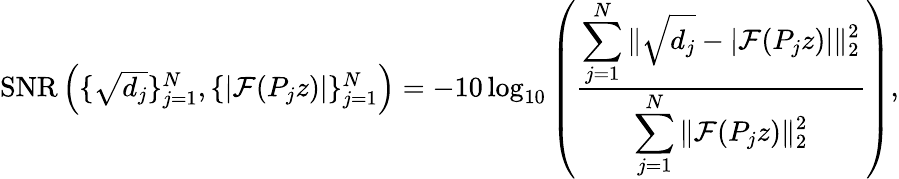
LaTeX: \begin{array}{r}{\mathrm{SNR}\left(\{ \sqrt{d_{j}}\} _{j=1}^{N},\{ |\mathcal{F}(P_{j}z)|\} _{j=1}^{N}\right)=-10\log_{10}\left(\frac{\displaystyle\sum_{j=1}^{N}\| \sqrt{d_{j}}-|\mathcal{F}(P_{j}z)|\| _{2}^{2}}{\displaystyle\sum_{j=1}^{N}\| \mathcal{F}(P_{j}z)\| _{2}^{2}}\right),}\end{array}